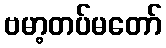
ဗမာ့တပ်မတော်